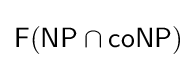
{\mathsf {F}}({\mathsf {NP}}\cap {\mathsf {coNP}})